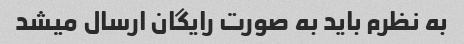
به نظرم باید به صورت رایگان ارسال میشد